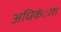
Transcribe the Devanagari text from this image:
अधिकंाश